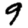
Digit: 9